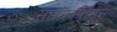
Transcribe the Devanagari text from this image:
सप्तकापासून